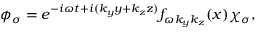
\phi _ { \sigma } = e ^ { - i \omega t + i ( k _ { y } y + k _ { z } z ) } f _ { \omega k _ { y } k _ { z } } ( x ) \chi _ { \sigma } ,